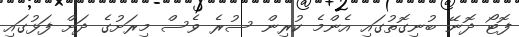
ފޮޓޯ ދޮނޭ ބުނިގޮތުގައި އެންމެ ކުރިން ސުރެ ވެސް މިރަށުގެ ދަށް ފަޅުގައި